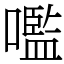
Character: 嚂